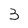
Character: 3